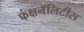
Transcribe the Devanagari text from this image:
फंक्षनॅलिटीस